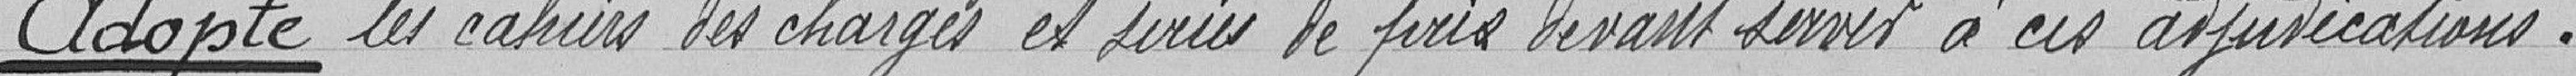
Adopte les cahiers des charges et séries de prix devant servir à ces adjudicateurs